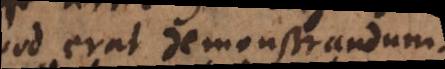
Quod erat demonstrandum.